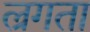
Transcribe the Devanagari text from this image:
ल्रगता